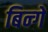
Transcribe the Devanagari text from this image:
बिन्गें